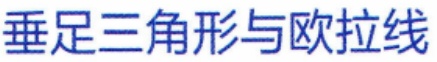
垂足三角形与欧拉线